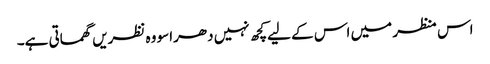
اس منظر میں اس کے لیےکچھ نہیں دھراسو وہ نظریں گھماتی ہے۔